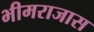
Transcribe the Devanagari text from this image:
भीमराजास